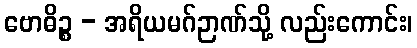
ဗောဓိဉ္စ - အရိယမဂ်ဉာဏ်သို့ လည်းကောင်း၊